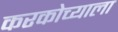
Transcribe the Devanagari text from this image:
करकोच्याला